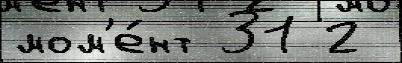
мом'е́нт 31 2